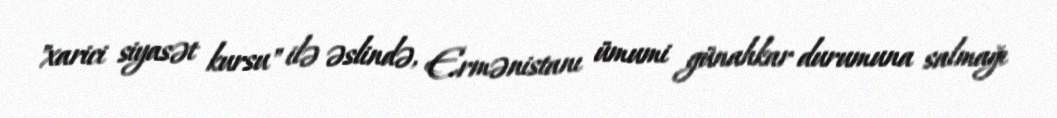
"xarici siyasət kursu" ilə əslində, Ermənistanı ümumi günahkar durumuna salmağı